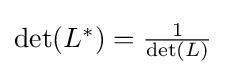
{\textstyle {\text{det}}(L^{*})={\frac {1}{{\text{det}}(L)}}}